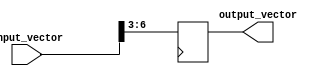
module part_select_example (
    input [7:0] input_vector,
    output reg [3:0] output_vector
);

always @(posedge clk) begin
    output_vector = input_vector[6:3]; // Assigning bits 6 to 3 of input_vector to output_vector
end

endmodule